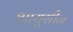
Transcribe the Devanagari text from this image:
आयुसीन